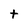
Character: t